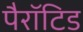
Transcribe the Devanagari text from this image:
पैरॉटिड